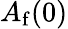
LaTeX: A_{\mathrm{{f}}}(0)